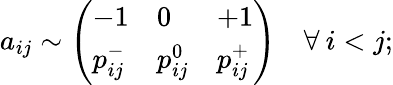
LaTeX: a_{ij}\sim\left(\begin{array}{lll}{-1}&{0}&{+1}\\ {p_{ij}^{-}}&{p_{ij}^{0}}&{p_{ij}^{+}}\end{array}\right)\quad\forall\: i<j;